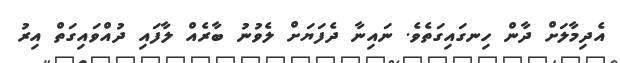
އެދިމާލަށް ދާން ހިނގައިގަތެވެ. ނައިނާ ދެފަޔަށް ލެވުނު ބާރެއް ލާފައި ދުއްވައިގަތް އިރު